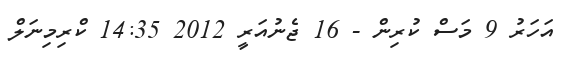
އަހަރު 9 މަސް ކުރިން - 16 ޖެނުއަރީ 2012 14:35 ކްރިމިނަލް